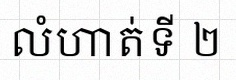
លំហាត់ទី ២